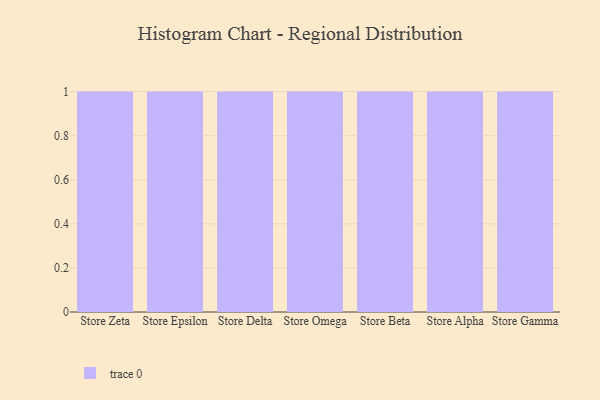
{"axis": {"x": "Store", "y": "Market Share (%)"}, "legend": [""], "data": [{"x": "Store Zeta", "y": 49, "type": ""}, {"x": "Store Epsilon", "y": 19, "type": ""}, {"x": "Store Delta", "y": 25, "type": ""}, {"x": "Store Omega", "y": 86, "type": ""}, {"x": "Store Beta", "y": 36, "type": ""}, {"x": "Store Alpha", "y": 5, "type": ""}, {"x": "Store Gamma", "y": 59, "type": ""}]}